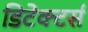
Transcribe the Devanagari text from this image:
डिटेक्टर्स